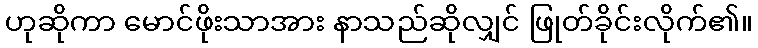
ဟုဆိုကာ မောင်ဖိုးသာအား နာသည်ဆိုလျှင် ဖြုတ်ခိုင်းလိုက်၏။